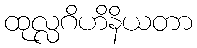
ထုလ္လဂိဟိနိယတာ